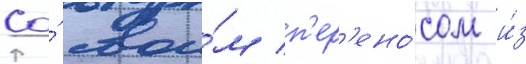
Со́ свои́м п'ер'ено́сом и́з